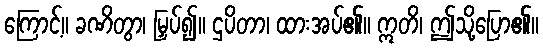
ကြောင့်။ ခဏိတွာ၊ မြှပ်၍။ ဌပိတာ၊ ထားအပ်၏။ ဣတိ၊ ဤသို့ပြော၏။